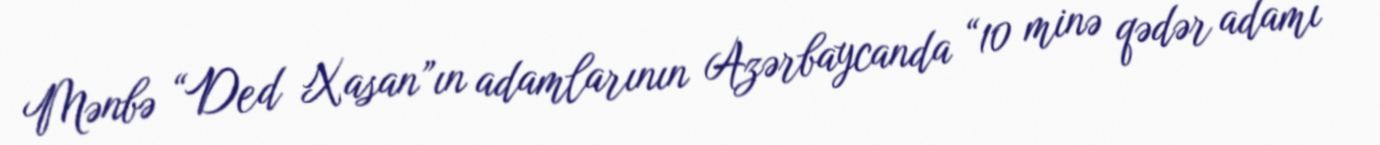
Mənbə “Ded Xasan”ın adamlarının Azərbaycanda “10 minə qədər adamı